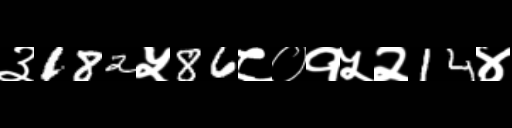
Text: ३182५86८०१५२14४